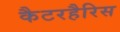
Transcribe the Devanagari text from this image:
कैटरहैरिस